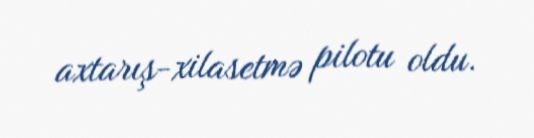
axtarış-xilasetmə pilotu oldu.